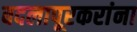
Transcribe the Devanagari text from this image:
बदलापूरकरांना